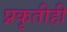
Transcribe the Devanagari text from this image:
प्रकृतीही